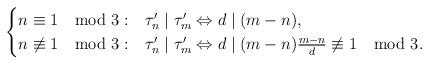
LaTeX: \begin{align*}\begin{cases}n\equiv 1 \mod 3: & \tau^\prime_n \mid \tau^\prime_m \Leftrightarrow d \mid (m-n), \\n\not\equiv 1 \mod 3: & \tau^\prime_n \mid \tau^\prime_m \Leftrightarrow d \mid (m-n) \frac{m-n}{d} \not\equiv 1 \mod 3.\end{cases}\end{align*}